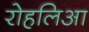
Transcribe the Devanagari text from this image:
रोहलिआ